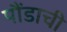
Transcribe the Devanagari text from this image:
पौंडाची